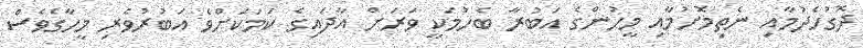
ދޮގުހެދުމާއި ނެތިމޮށުމާއި މީހުންގެ އަބުރާ ބެހުމަކީ ވަރަށް އާދައިގެ ކަމަކަށްވެ އަބުރުވެރި މީހާގެވެސް